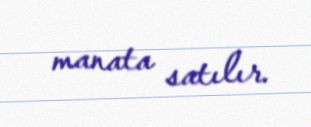
manata satılır.